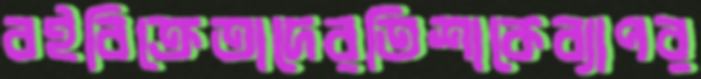
বইবিক্রেতাদেরতিশাকেব্যাপর